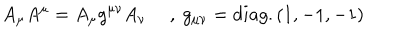
A _ { \mu } A ^ { \mu } = A _ { \mu } g ^ { \mu \nu } A _ { \nu } ~ ~ , ~ g _ { \mu \nu } = d i a g . ( 1 , - 1 , - 1 )